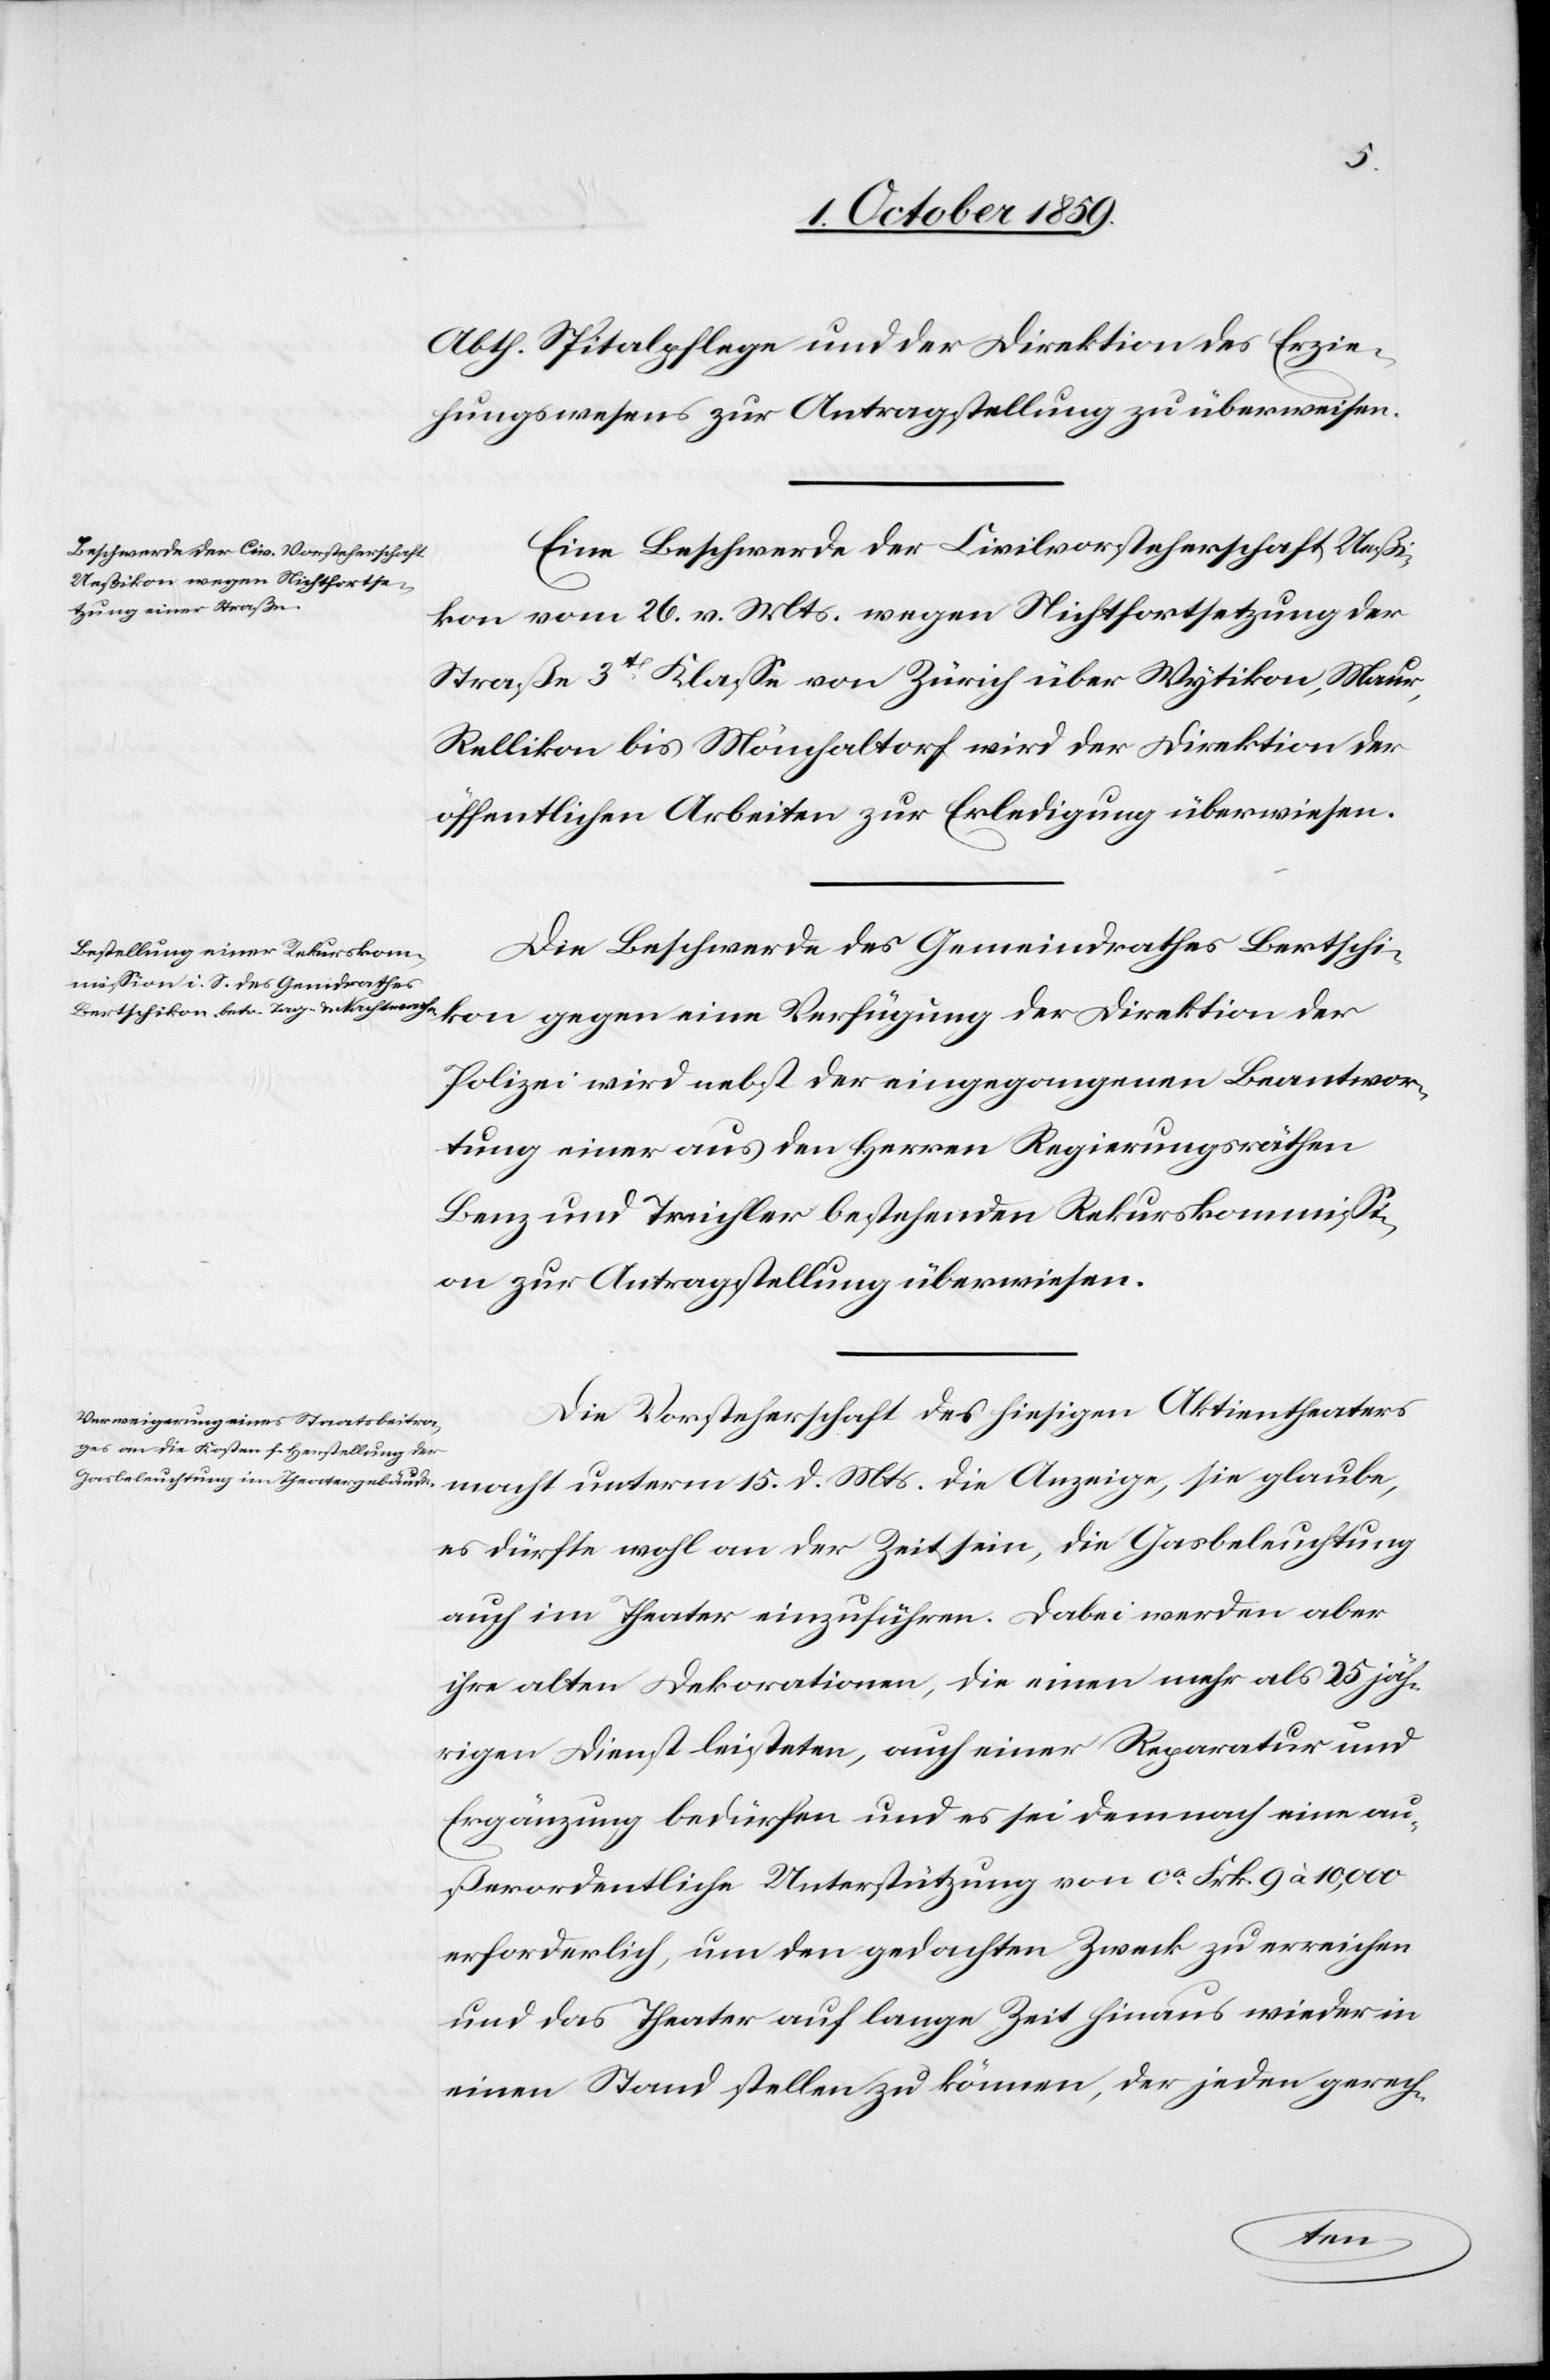
d.
Abth. Spitalpflege und der Direktion des Erzie¬
hungswesens zur Antragstellung zu überweisen.
Eine Beschwerde der Civilvorsteherschaft Ueßi¬
kon vom 26. v. Mts. wegen Nichtfortsetzung der
Straße 3th Klasse von Zürich über Wytikon, Maur,
Rellikon bis Mönchaltdorf wir der Direktion der
öffentlichen Arbeiten zur Erledigung überwiesen.
Die Beschwerde des Gemeindrathes Bertschi¬
kon gegen eine Verfügung der Direktion der
Polizei wird nebst der eingegangenen Beantwor¬
tung einer aus den Herren Regierungsräthen
Benz und Treichler bestehenden Rekurskommissi¬
on zur Antragstellung überwiesen.
Die Vorsteherschaft des hiesigen Aktientheaters
es dürfte an der Zeit sein, die Gasbeleuchtung
auch im Theater einzuführen. Dabei werden aber
ihre alten Dekorationen, die einen nahe als 25 jäh¬
rigen Dienst leisteten, auch einer Reparatur und
Ergänzung bedürfen und es sei demnach eine au¬
ßerordenthliche Unterstützung von ca. Frk. 9 à 10'000
erforderlich, um den gedachten Zweck zu erreichen
und das Theater auf lange Zeit hinaus wieder in
einen Stand stellen zu können, der jeder gerech-